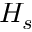
H _ { s }